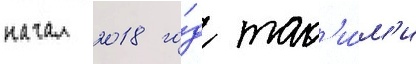
начал 2018 го́д так'и́м'и